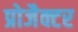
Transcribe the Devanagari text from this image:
प्रोजैक्टर